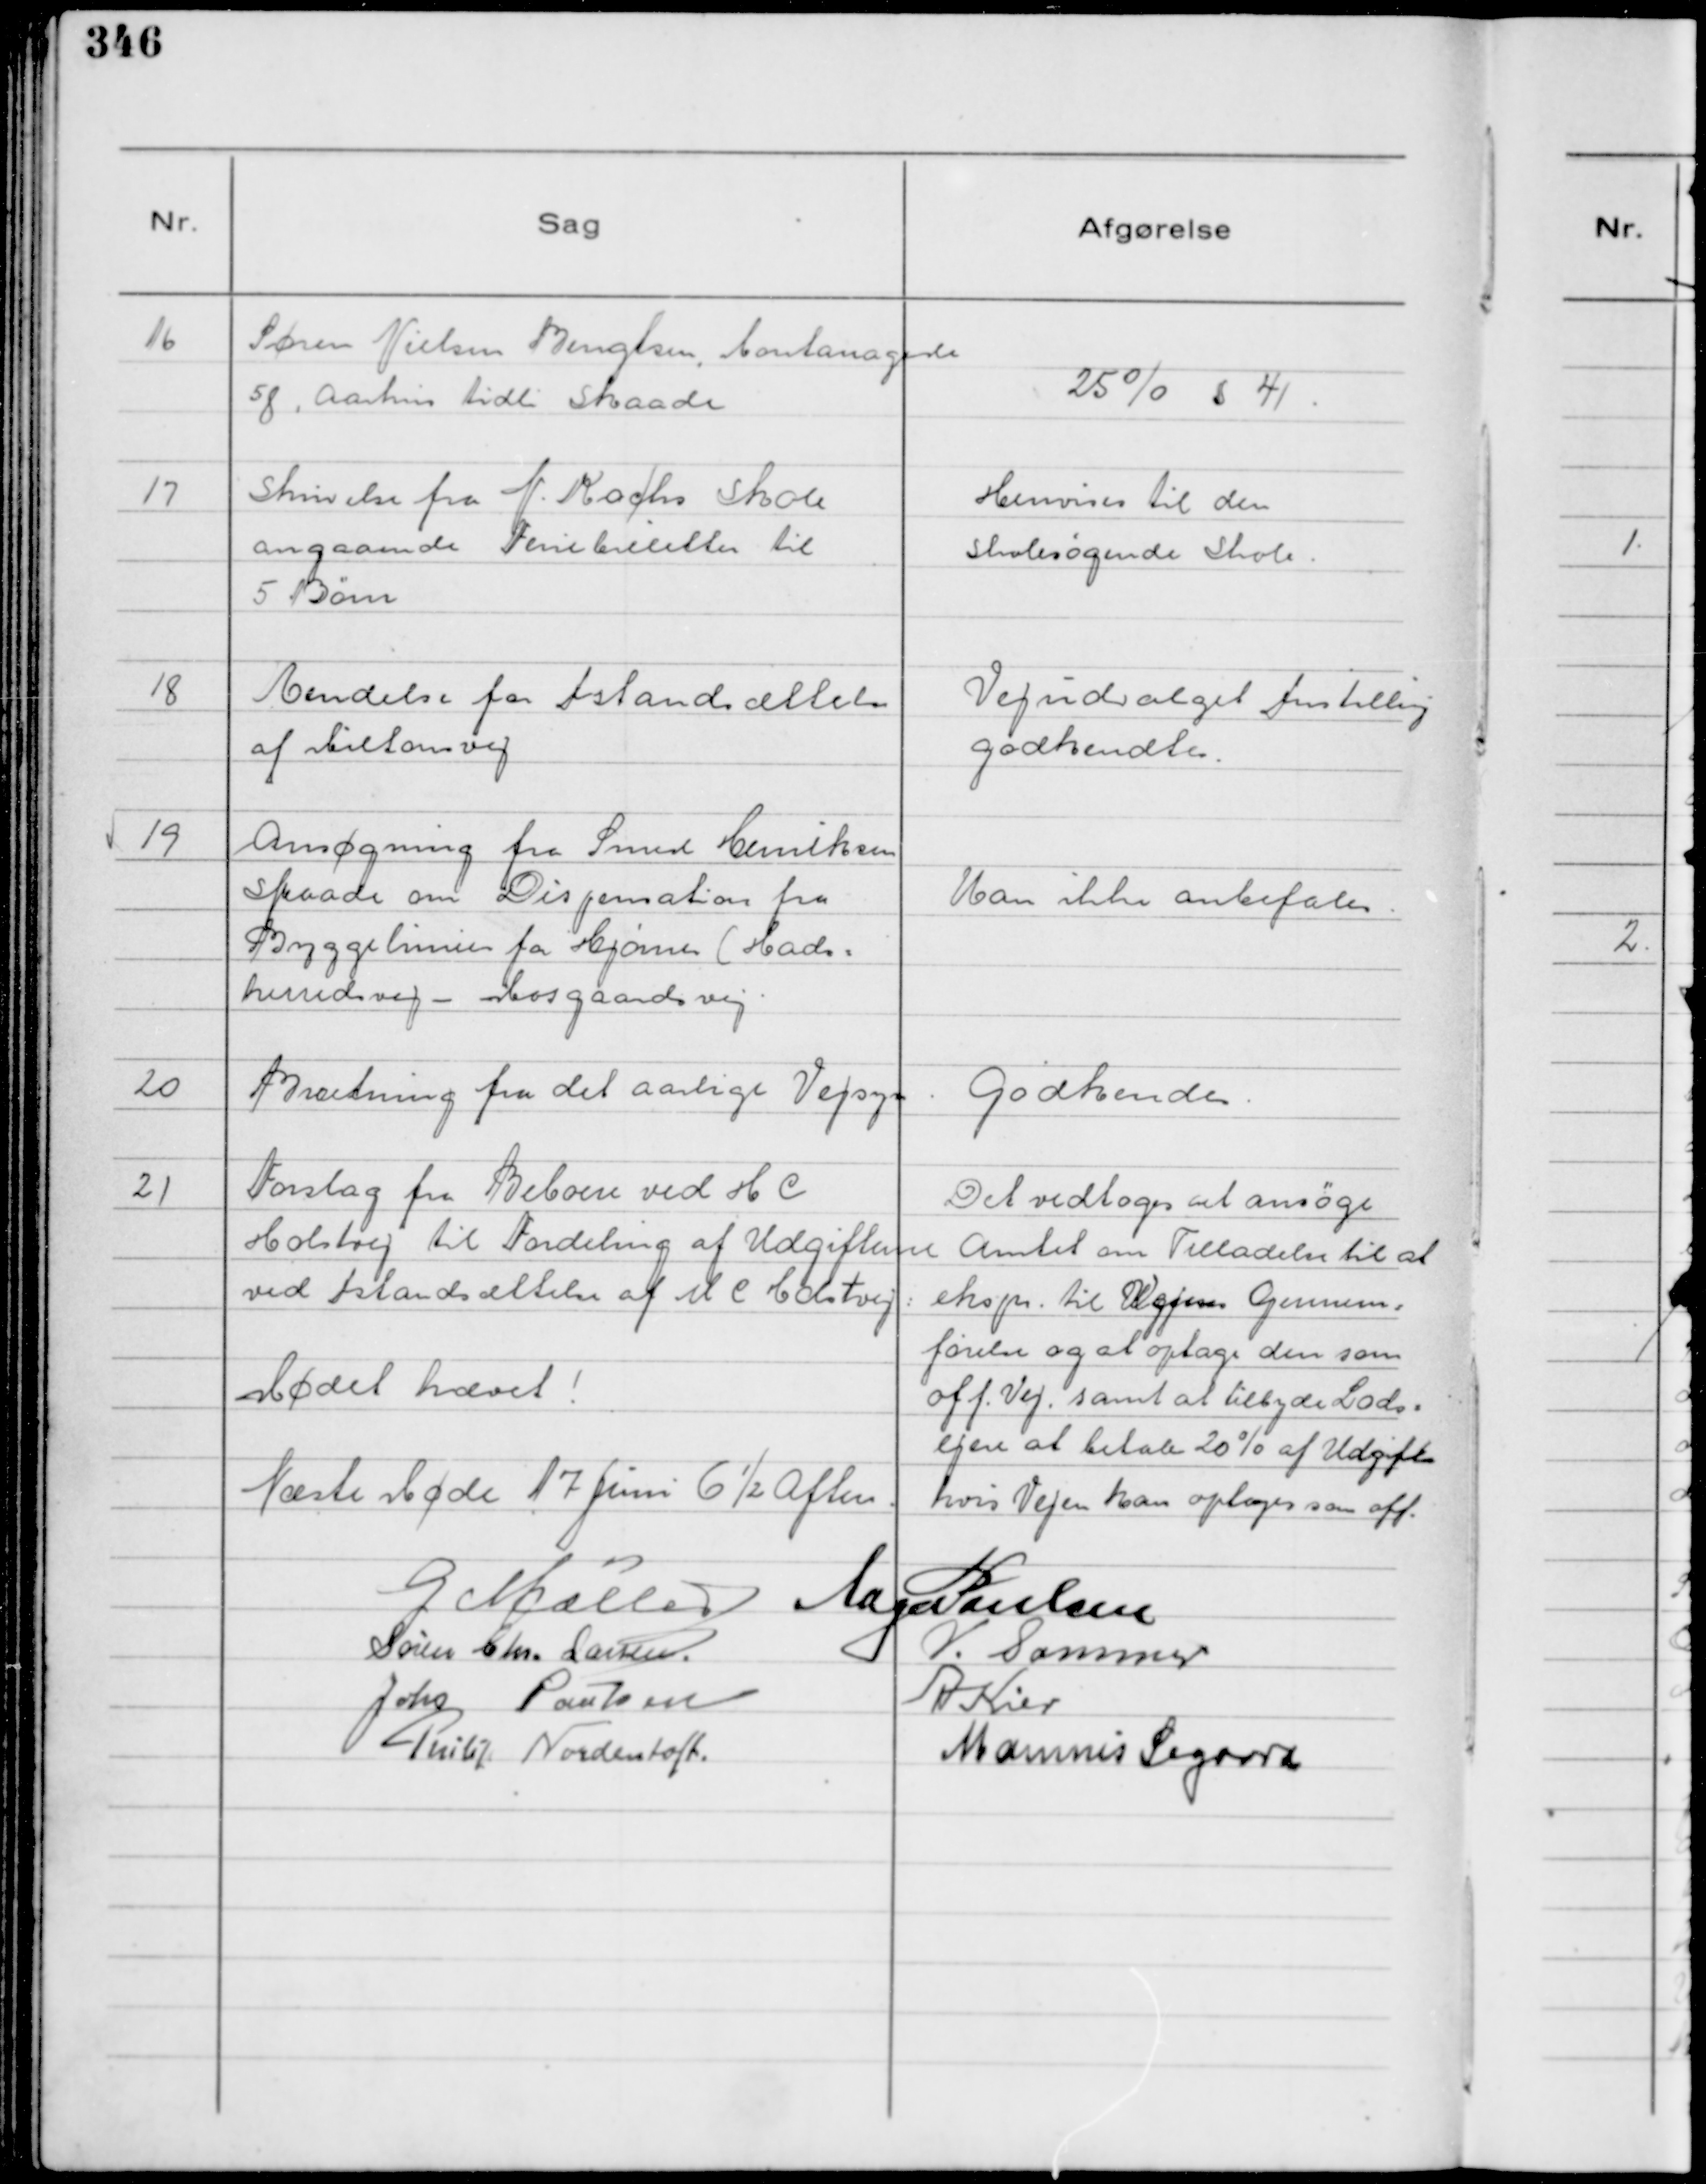
Transskription:
16
Søren Nielsen Bengtsen, Montanagade
58, Aarhus tidl Skaade

25% § 41.

17
Skrivelse fra N. Kochs Skole
angaaende Feriebilletter til
5 Børn

Henvises til den
Skolesøgende Skole.

18
Kendelse for Istandsættelse
af Miltonsvej

Vejudvalget Instilling
godkendtes.

19
Ansøgning fra Smed Henriksen
Skaade om Dispensation fra
Byggelinier for Hjørner ( Hads=
herredsvej - Mosgaardsvej.

Kan ikke anbefales.

20
Beretning fra det aarlige Vejsyn

Godkendes.

21
Forslag fra Beboere ved H C
Holstvej til Fordeling af Udgifterne
ved Istandsættelse af H C Holstvej:

Det vedtoges at ansøge
Amtet om Tilladelse til at
ekspr. til Vejens Gennem=
førelse og at optage den som
off. Vej samt at tilbyde Lods=
ejere at betale 20% af Udgifter
hvis Vejen kan optages som off.

Mødet hævet!

Næste Møde 17 Juni 6½ Aften.

G Møller
Aage Poulsen
Søren Chr. Larsen.
V. Sommer
Johs Poulsen
A Kier
Philip Nordentoft
Marinus Sigaard